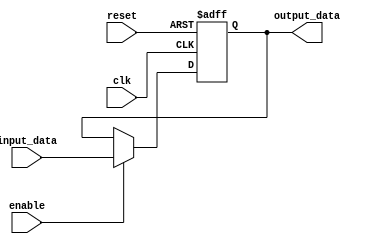
module Flipflop
#(
	parameter Nbit=12
)
(
	input [Nbit-1:0] input_data,
	input clk,
	input enable,
	input reset,
	output reg[Nbit-1:0] output_data/*,
	output stored_flag*/
);
//reg stored_reg;
always @(posedge clk or negedge reset) begin
	if(reset==1'b0) begin
		output_data <={Nbit{1'b0}};		
		//stored_reg <=1'b0;
	end
	else begin
		
		if(enable==1'b1)begin
			output_data <=input_data;
			//stored_reg <=1'b1;
		end

	end
end

//assign stored_flag = stored_reg;
endmodule